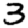
Digit: 3